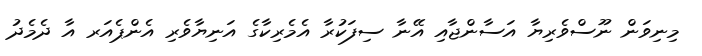
މިނިވަން ނޫސްވެރިޔާ އަސާންޖާއި އޭނާ ސިފަކުރާ އެމެރިކާގެ އަނިޔާވެރި އެންޕެއަރ އާ ދެމެދު